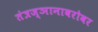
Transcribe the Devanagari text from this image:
तंत्रज्ञानाबरोबर